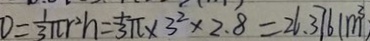
D = \frac { 1 } { 3 } \pi r ^ { 2 } h = \frac { 1 } { 3 } \pi \times 3 ^ { 2 } \times 2 . 8 = 2 6 . 3 7 6 1 ( m ^ { 3 }